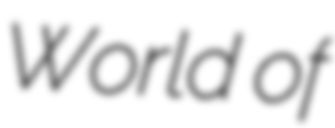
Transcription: World of